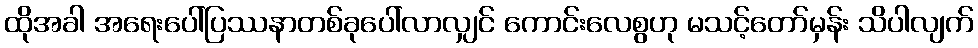
ထိုအခါ အရေးပေါ်ပြဿနာတစ်ခုပေါ်လာလျှင် ကောင်းလေစွဟု မသင့်တော်မှန်း သိပါလျက်